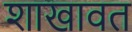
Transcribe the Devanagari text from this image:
शाखावत